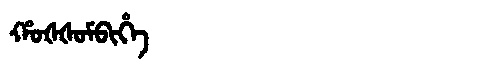
Manchu: ᡥᠣᡧᡧᠣᠮᠪᡳᡥᡝ
Romanization: HOŠŠOMBIHE